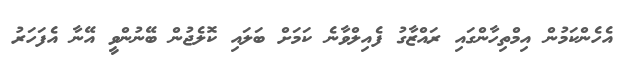
އެހެންކަމުން އިމްތިހާންގައި ރައްޒާގު ފެއިލްވާނެ ކަމަށް ބަލައި ކޮލެޖުން ބޭނުންވީ އޭނާ އެފަހަރު